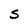
Character: S